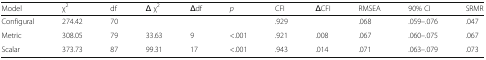
<table><thead><tr><td><b>Model</b></td><td><b>χ<sup>2</sup></b></td><td><b>df</b></td><td><b>Δ χ<sup>2</sup></b></td><td><b>Δdf</b></td><td><b><i>p</i></b></td><td><b>CFI</b></td><td><b>ΔCFI</b></td><td><b>RMSEA</b></td><td><b>90% CI</b></td><td><b>SRMR</b></td></tr></thead><tbody><tr><td>Configural</td><td>274.42</td><td>70</td><td></td><td></td><td></td><td>.929</td><td></td><td>.068</td><td>.059–.076</td><td>.047</td></tr><tr><td>Metric</td><td>308.05</td><td>79</td><td>33.63</td><td>9</td><td>&lt;.001</td><td>.921</td><td>.008</td><td>.067</td><td>.060–.075</td><td>.067</td></tr><tr><td>Scalar</td><td>373.73</td><td>87</td><td>99.31</td><td>17</td><td>&lt;.001</td><td>.943</td><td>.014</td><td>.071</td><td>.063–.079</td><td>.073</td></tr></tbody></table>